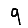
Digit: 9